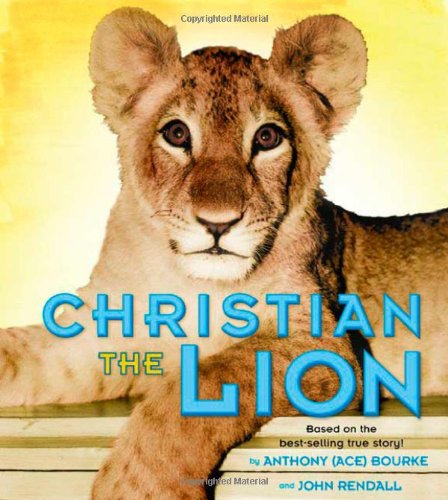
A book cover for Christian the Lion; Anthony Bourke; Children's Books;